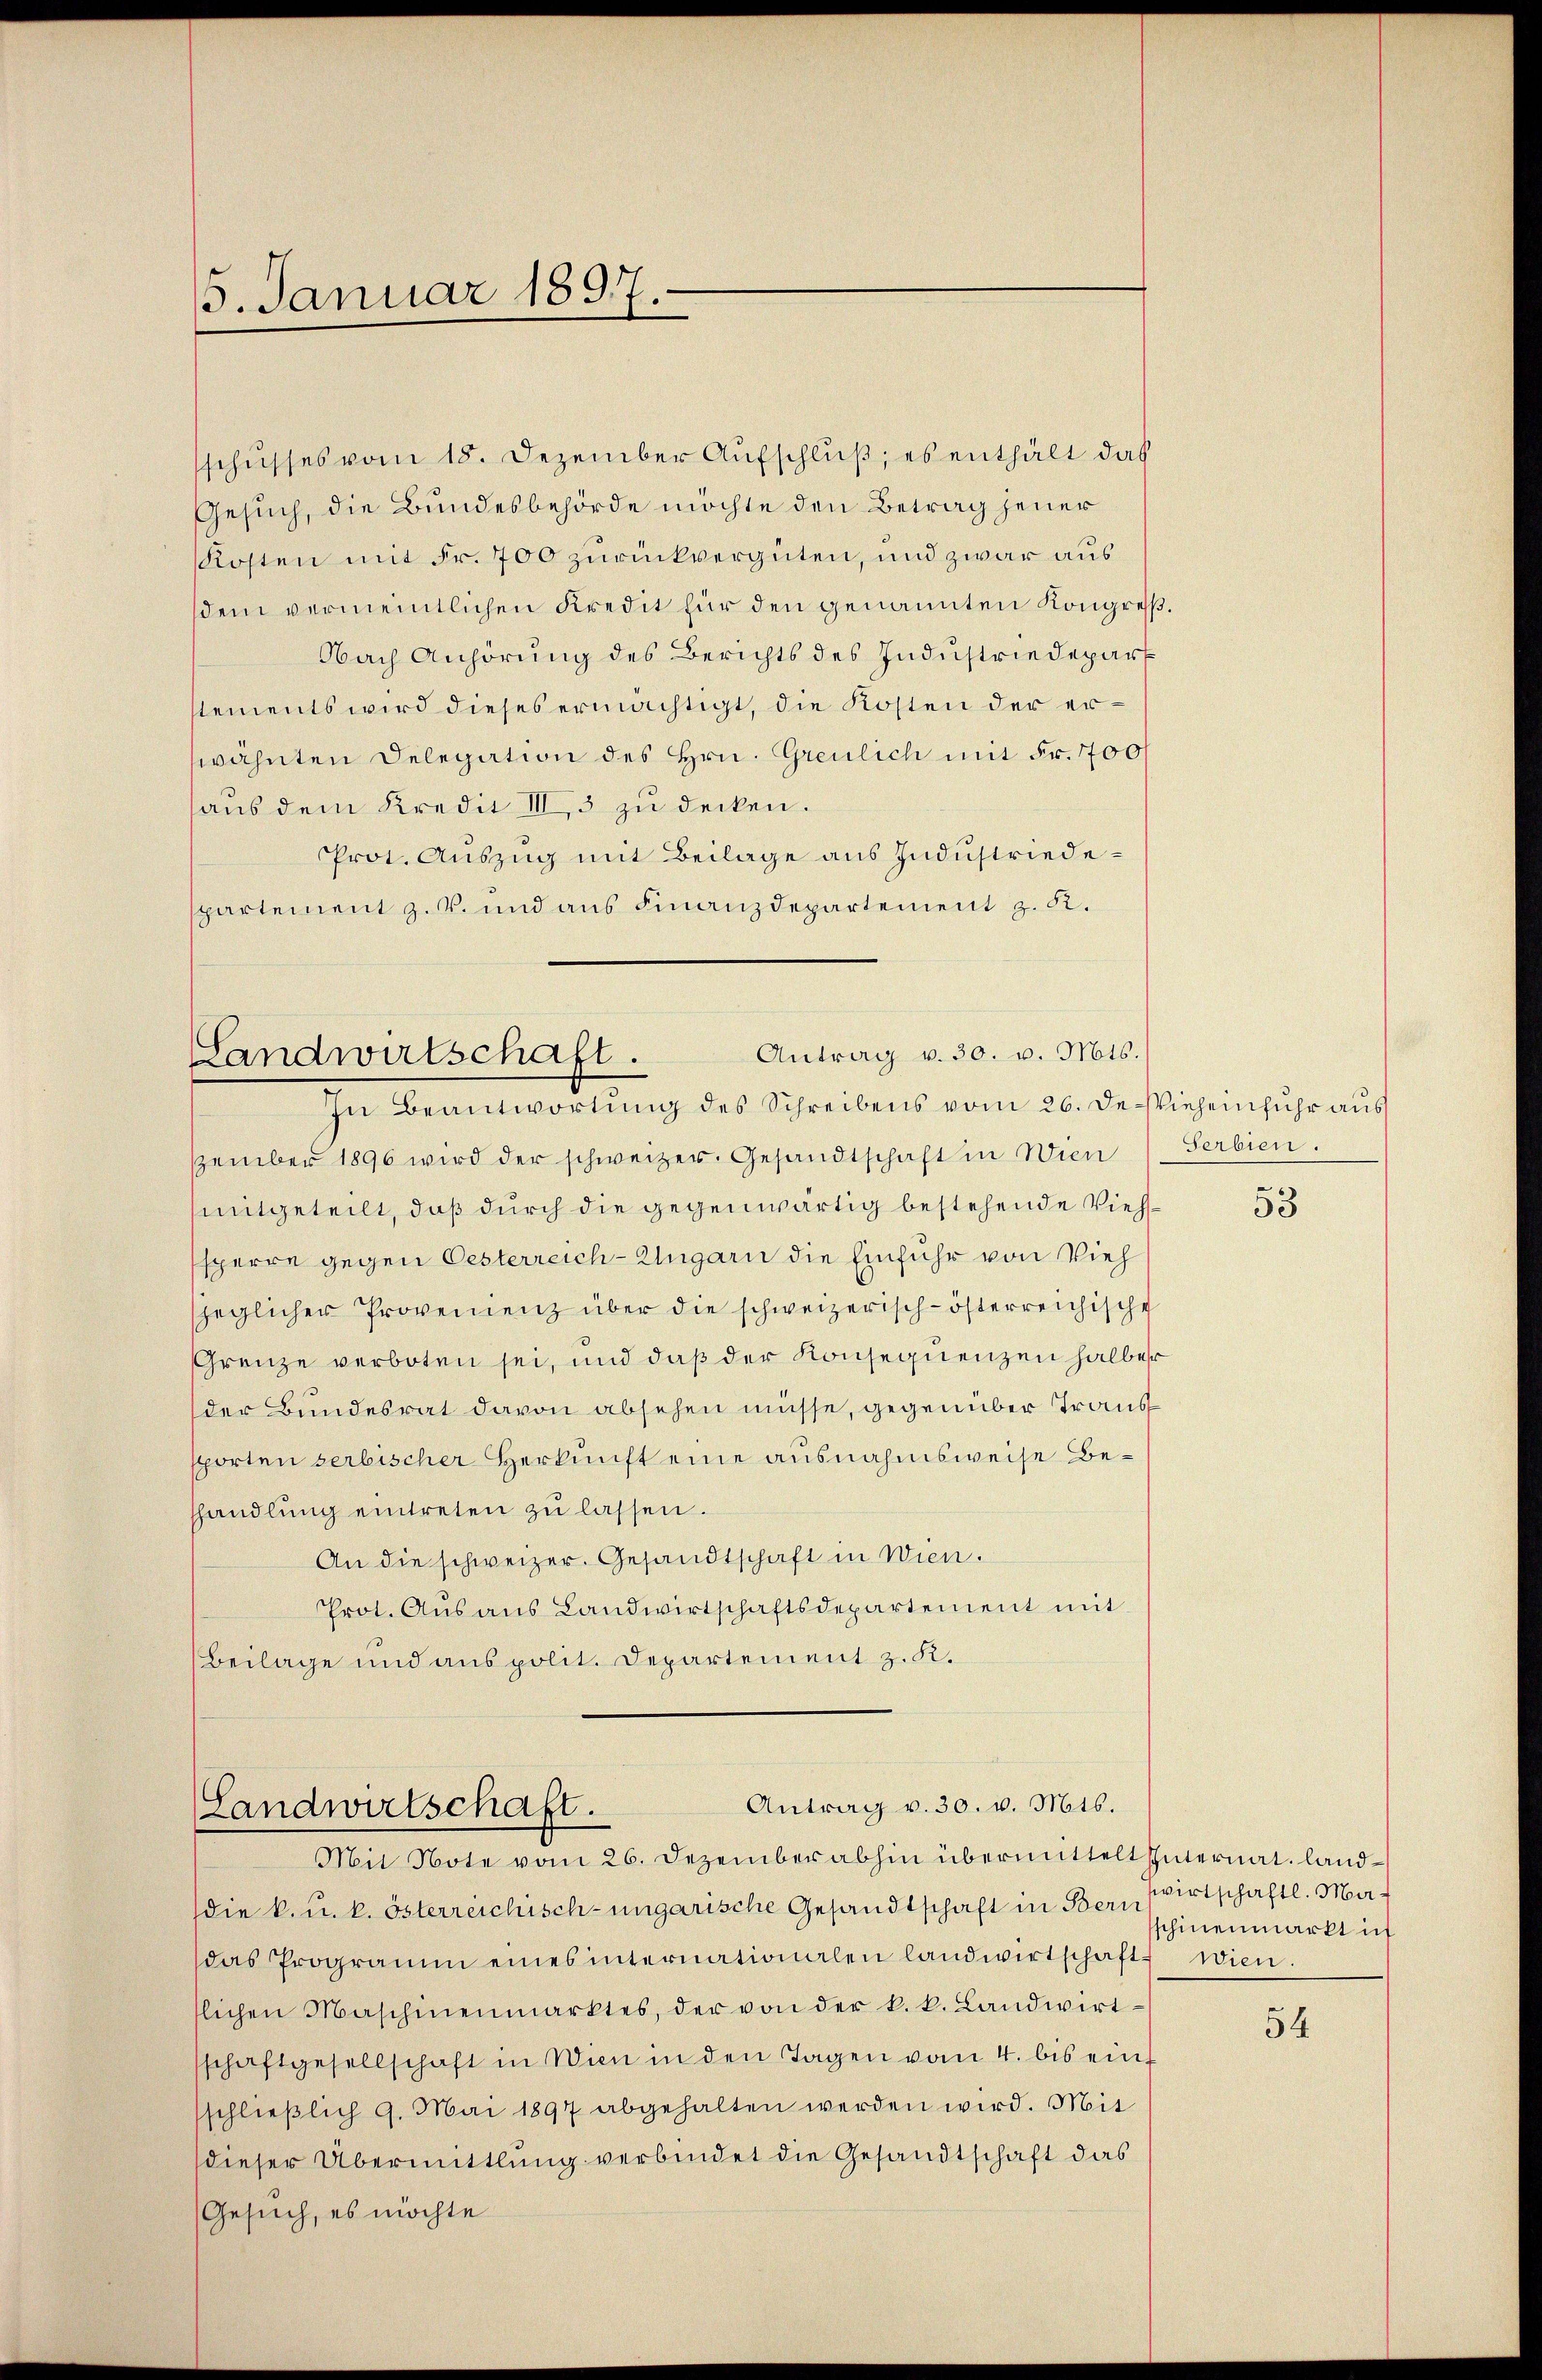
15. Januar 1897.

schusses vom 18. Dezember Aŭfschluß; es enthält das
Gesuch, die Bundesbehörde möchte den Betrag jener
Kosten mit Fr. 700 zurückvergüten, und zwar aus
dem vermeintlichen Kredit für den genannten Kongreß¬
Nach Anhörung des Berichts des Industriedepart
sements wird dieses ermächtigt, die Kosten der erwähnten Delegation des Hrn. Greulich mit Fr. 700f
haus dem Kredit III, 3 zu decken.
Prot. Auszug mit Beilage aus Industriedespartement z. B. und aus Finanzdepartement z. R.
Antrag v. 30. v. Mts.
Landwirtschaft.

Antrag v. 30. v. Mts.
(Landwirtschaft.
Mit Note vom 26. Dezember abhin übermittelt späternat. Land¬

die k. u. k. österreichisch-ungarische Gesandtschaft in Bern
das Programm eines internationalen landwirtschaft, wien.
slichen Maschinenmarktes, der von der k. k. Landwirt-
schaftgesellschaft in Wien in den Tagen vom 4. bis einf
sschlieβlich 9. Mai 1897 abgehalten werden wird. Mit
dieser Übermittlung verbindet die Gesandtschaft das
Gesuch, es möchte

In Beantwortung des Schreibens vom 26. de. Vieheinfuhr aus
zember 1896 wird der schweizer. Gesandtschaft in Wien (Serbien.
mitgeteilt, daß durch die gegenwärtig bestehende Viehsperre gegen Oesterreich-Ungarn die Einfuhr von Vieh
sjeglicher Provenienz über die schweizerisch-österreichische
Grenze verboten sei, und daß der Konsequenzen halber
der Bundesrat davon absehen müsse, gegenüber Trans
sporten serbischer Herkunft eine ausnahmsweise Beshandlung eintreten zu lassen.
An die schweizer. Gesandtschaft in Wien.
Prot. Aŭsaŭs Landwirtschaftsdepartement mit
Beilage und aus polit. Departement z. K.

53

wirtschaftl. Maschinenmarkt ich

54